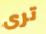
ترى